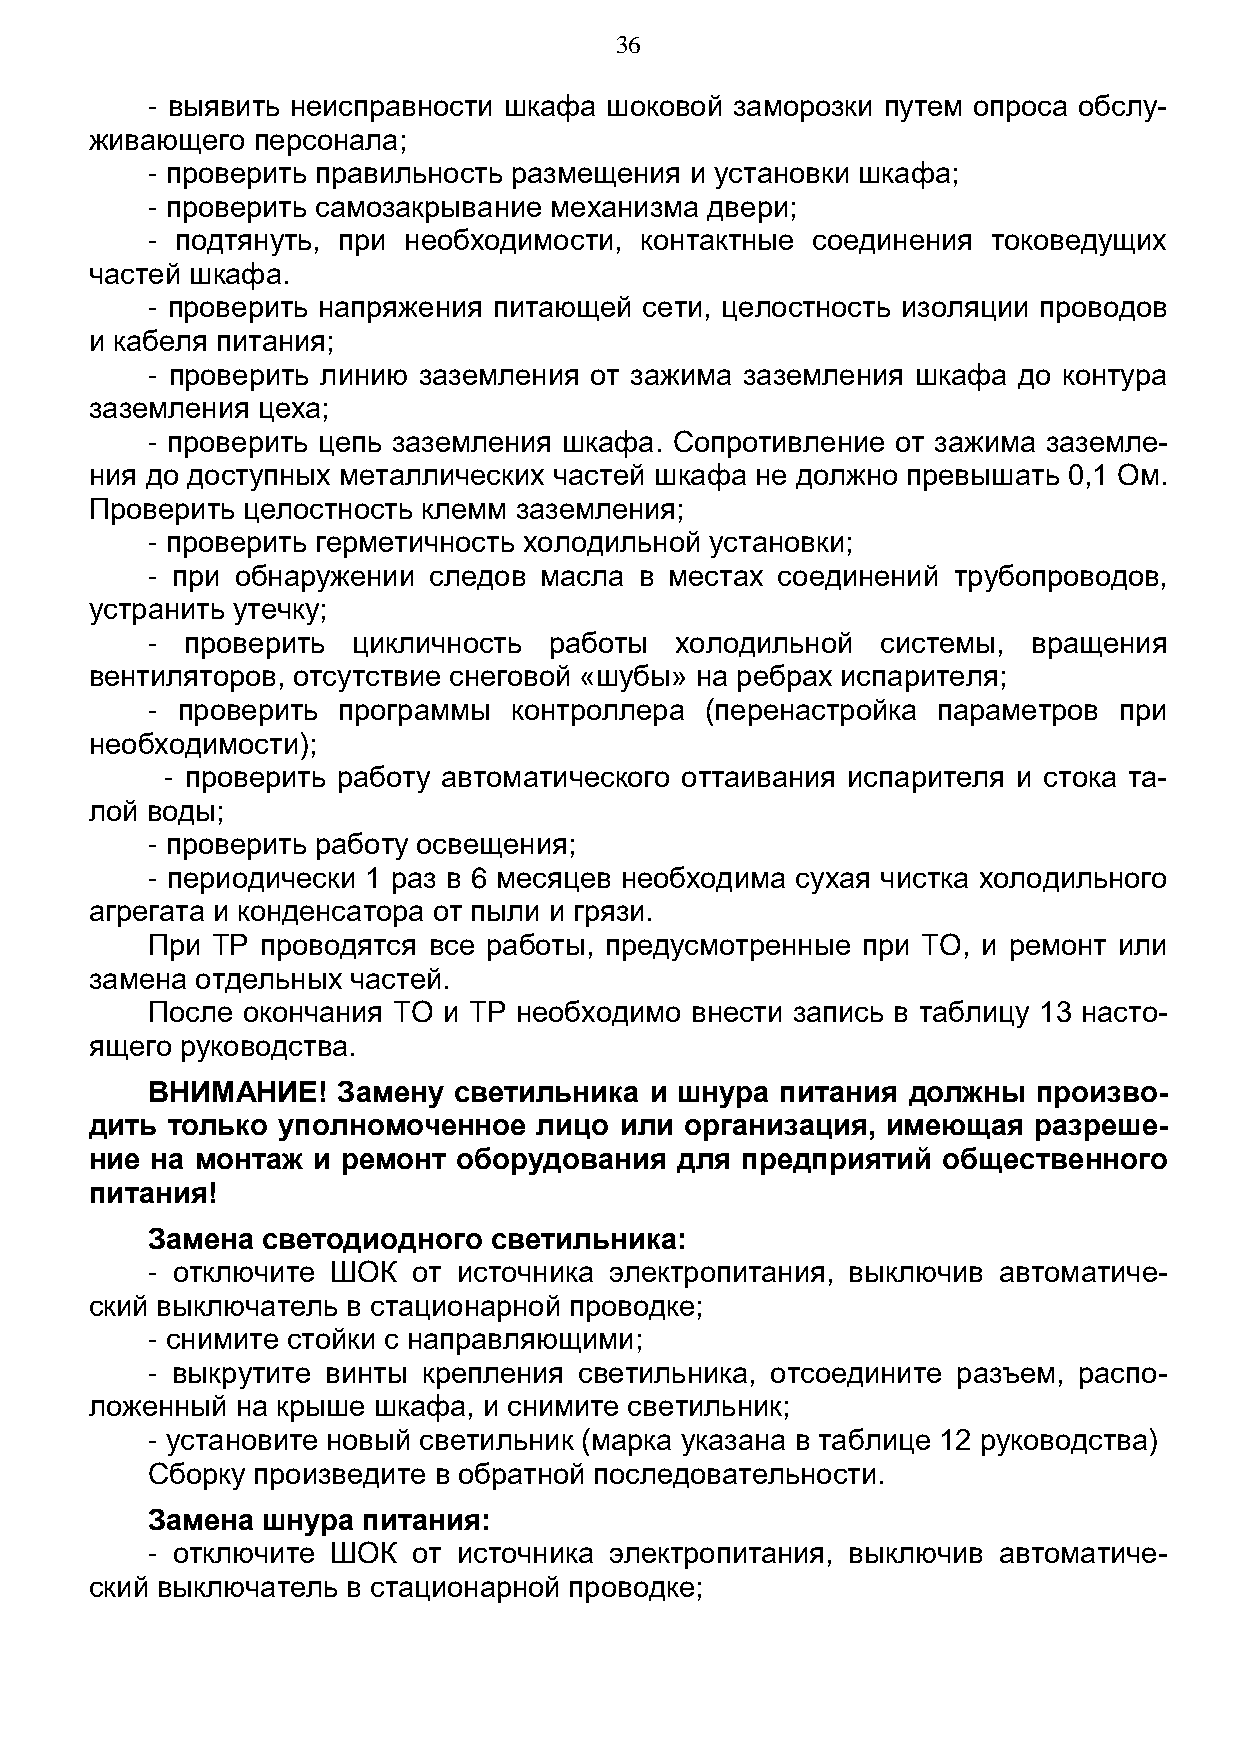
36
 - выявить неисправности шкафа шоковой заморозки путем опроса обслу-
 живающего  персонала;
 - проверить правильность размещения и установки шкафа;
 - проверить самозакрывание механизма двери;
 - подтянуть, при необходимости, контактные  соединения  токоведущих
 частей шкафа.
 - проверить напряжения питающей  сети, целостность изоляции проводов
 и кабеля питания;
 - проверить линию заземления от зажима заземления  шкафа до контура
 заземления цеха;
 - проверить цепь заземления шкафа. Сопротивление от зажима заземле-
 ния до доступных металлических частей шкафа не должно превышать  0,1 Ом.
 Проверить целостность клемм заземления;
 - проверить герметичность холодильной установки;
 - при обнаружении следов  масла в местах соединений  трубопроводов,
 устранить утечку;
 - проверить  цикличность  работы   холодильной  системы,  вращения
 вентиляторов, отсутствие снеговой «шубы» на ребрах испарителя;
 - проверить программы   контроллера  (перенастройка параметров  при
 необходимости);
 - проверить работу автоматического оттаивания испарителя и стока та-
 лой воды;
 - проверить работу освещения;
 - периодически 1 раз в 6 месяцев необходима сухая чистка холодильного
 агрегата и конденсатора от пыли и грязи.
 При ТР проводятся все работы, предусмотренные  при ТО, и ремонт или
 замена отдельных частей.
 После окончания ТО и ТР необходимо  внести запись в таблицу 13 насто-
 ящего руководства.
 ВНИМАНИЕ!   Замену  светильника  и шнура  питания должны   произво-
 дить только уполномоченное    лицо или организация,  имеющая  разреше-
 ние на монтаж  и ремонт оборудования   для предприятий  общественного
 питания!
 Замена светодиодного   светильника:
 - отключите ШОК  от источника электропитания, выключив  автоматиче-
 ский выключатель в стационарной проводке;
 - снимите стойки с направляющими;
 - выкрутите винты крепления светильника, отсоедините разъем, распо-
 ложенный  на крыше шкафа, и снимите светильник;
 - установите новый светильник (марка указана в таблице 12 руководства)
 Сборку произведите в обратной последовательности.
 Замена шнура  питания:
 - отключите ШОК  от источника электропитания, выключив  автоматиче-
 ский выключатель в стационарной проводке;